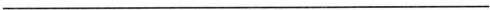
___